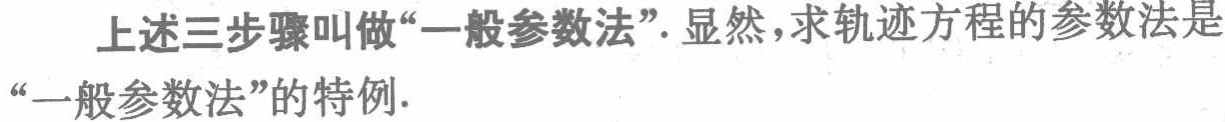
上述三步骤叫做“一般参数法”. 显然，求轨迹方程的参数法是“一般参数法”的特例.